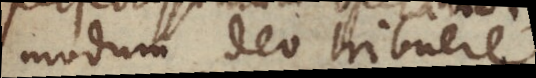
modum Deo tribuere